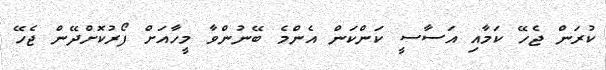
ކުރަން ޖެހޭ ކަމާއި އަސާސީ ކަންކަން އެންމެ ބޭނުންވާ މީހާއަށް ފޯރުކޮށްދޭން ޖެހޭ